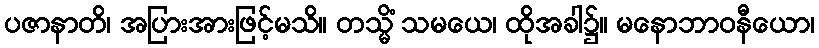
ပဇာနာတိ၊ အပြားအားဖြင့်မသိ။ တသ္မိံ သမယေ၊ ထိုအခါ၌။ မနောဘာဝနီယော၊